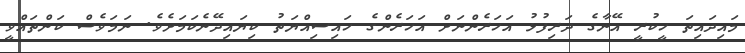
މައިދައިތަ ހީކުރީ އޭނާގެ ދަރިފުޅު އަހަރެންނަށް އަހަރެންގެ ހައިސިއްޔަތު ކިޔައިދޭނެކަމަށެވެ. ނަމަވެސް ކަންތައްވީ